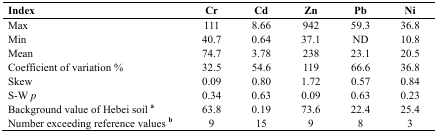
<table><thead><tr><td><b>Index</b></td><td><b>Cr</b></td><td><b>Cd</b></td><td><b>Zn</b></td><td><b>Pb</b></td><td><b>Ni</b></td></tr></thead><tbody><tr><td>Max</td><td>111</td><td>8.66</td><td>942</td><td>59.3</td><td>36.8</td></tr><tr><td>Min</td><td>40.7</td><td>0.64</td><td>37.1</td><td>ND</td><td>10.8</td></tr><tr><td>Mean</td><td>74.7</td><td>3.78</td><td>238</td><td>23.1</td><td>20.5</td></tr><tr><td>Coefficient of variation %</td><td>32.5</td><td>54.6</td><td>119</td><td>66.6</td><td>36.8</td></tr><tr><td>Skew</td><td>0.09</td><td>0.80</td><td>1.72</td><td>0.57</td><td>0.84</td></tr><tr><td>S-W <i>p</i></td><td>0.34</td><td>0.63</td><td>0.09</td><td>0.63</td><td>0.23</td></tr><tr><td>Background value of Hebei soil <b><sup>a</sup></b></td><td>63.8</td><td>0.19</td><td>73.6</td><td>22.4</td><td>25.4</td></tr><tr><td>Number exceeding reference values <b><sup>b</sup></b></td><td>9</td><td>15</td><td>9</td><td>8</td><td>3</td></tr></tbody></table>